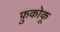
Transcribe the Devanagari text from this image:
फ़ुकोकू